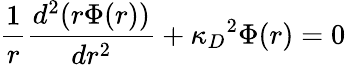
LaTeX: \frac{1}{r}\frac{d^{2}(r\Phi(r))}{dr^{2}}+{\kappa_{D}}^{2}\Phi(r)=0